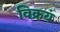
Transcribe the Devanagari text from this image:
विक्रयं